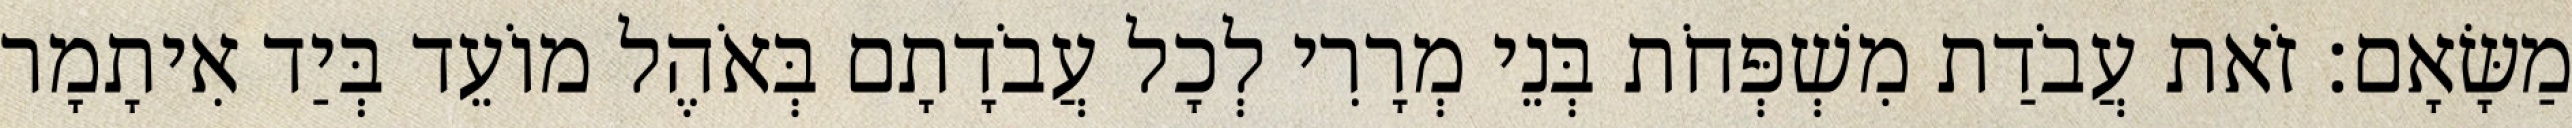
מַשָּׂאָם׃ זֹאת עֲבֹדַת מִשְׁפְּחֹת בְּנֵי מְרָרִי לְכָל עֲבֹדָתָם בְּאֹהֶל מוֹעֵד בְּיַד אִיתָמָר